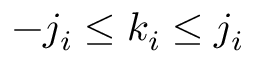
- j _ { i } \leq k _ { i } \leq j _ { i }